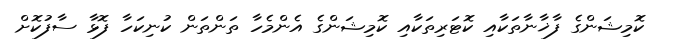
ކޮމިޝަންގެ ފާޚާނާތަކާއި ކޮޓަރިތަކާއި ކޮމިޝަންގެ އެންމެހާ ތަންތަން ކުނިކަހާ ފޮޅާ ސާފުކޮށް